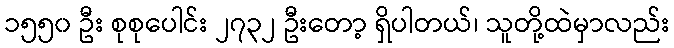
၁၅၅၀ ဦး စုစုပေါင်း ၂၇၃၂ ဦးတော့ ရှိပါတယ်၊ သူတို့ထဲမှာလည်း